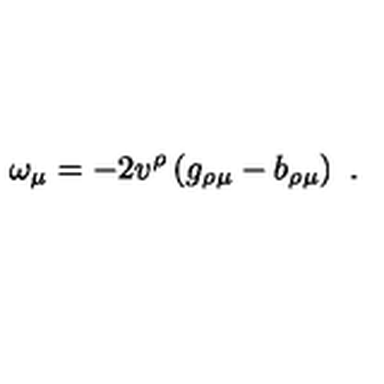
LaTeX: \omega _ { \mu } = - 2 v ^ { \rho } \left( g _ { \rho \mu } - b _ { \rho \mu } \right) \ .